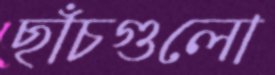
ছাঁচগুলো